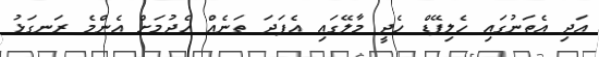
އަދި އެތަނުގައި ހެލިޕޭޑް ހެދީ މާލޭގައި އެފަދަ ތަނެއް ހެދުމަށް އެންމެ ރަނގަޅު